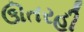
ઊતરહી